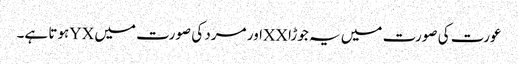
عورت کی صورت میں یہ جوڑا XXاور مرد کی صورت میں YXہوتا ہے۔